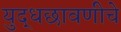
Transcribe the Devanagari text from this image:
युद्धछावणीचे